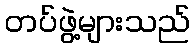
တပ်ဖွဲ့များသည်